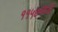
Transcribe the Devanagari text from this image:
११५७मध्ये